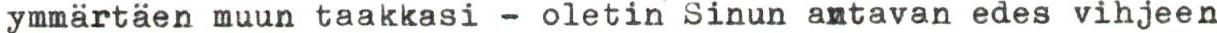
ymmärtäen muun taakkasi - oletin Sinun antavan edes vihjeen